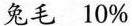
兔毛 10%